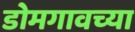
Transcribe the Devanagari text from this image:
डोमगावच्या